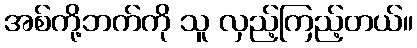
အစ်ကို့ဘက်ကို သူ လှည့်ကြည့်တယ်။